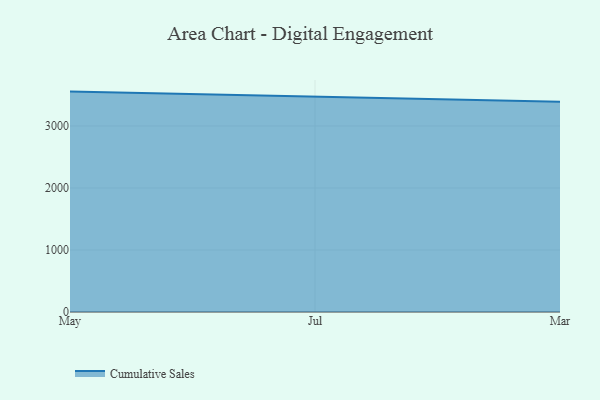
{"axis": {"x": "Month", "y": "Latency (ms)"}, "legend": ["Cumulative Sales"], "data": [{"x": "May", "y": 3554.1, "type": "Cumulative Sales"}, {"x": "Jul", "y": 3472.4, "type": "Cumulative Sales"}, {"x": "Mar", "y": 3392.1, "type": "Cumulative Sales"}]}